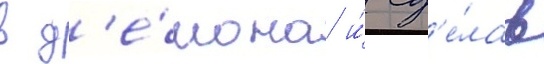
в д'е́мона и́ сд'е́лав